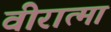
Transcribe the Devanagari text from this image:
वीरात्मा